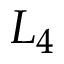
L _ { 4 }